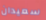
سعيدان